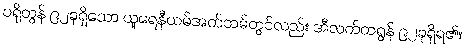
ပရိုတွန် ၉၂ခုရှိသော ယူရေနီယမ်အက်တမ်တွင်လည်း အီလက်ထရွန် ၉၂ခုရှိရ၏။